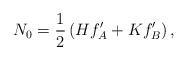
LaTeX: \begin{align*}N_0=\frac12\left(Hf_A^{\prime}+Kf_B^{\prime}\right),\end{align*}